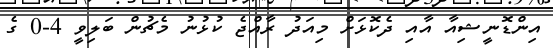
އިންޑޮނީޝިއާ އާއި ދެކޮޅަށް މިއަދު ރާއްޖެ ކުޅުނު މެޗުން ބަލިވީ 4-0 ގެ